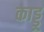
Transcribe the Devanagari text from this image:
काड्डू